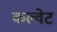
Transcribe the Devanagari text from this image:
कल्वेट